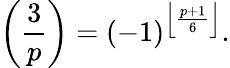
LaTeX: \left({\frac{3}{p}}\right)=(-1)^{\left\lfloor{\frac{p+1}{6}}\right\rfloor}.